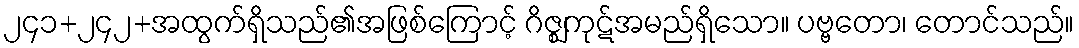
၂၄၁+၂၄၂+အထွက်ရှိသည်၏အဖြစ်ကြောင့် ဂိဇ္ဈကုဋ်အမည်ရှိသော။ ပဗ္ဗတော၊ တောင်သည်။